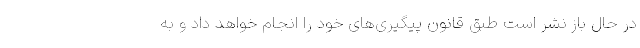
در حال باز نشر است طبق قانون پیگیری‌های خود را انجام خواهد داد و به